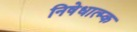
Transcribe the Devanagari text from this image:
निषेधात्म्क